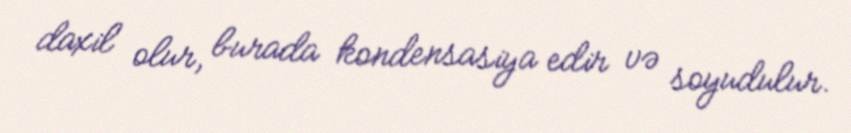
daxil olur, burada kondensasiya edir və soyudulur.